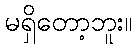
မရှိတော့ဘူး။